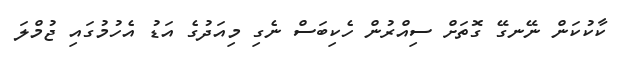
ކާކުކަން ނޭނގޭ ގޮތަށް ސިއްރުން ހެކިބަސް ނެގި މިއަދުގެ އަޑު އެހުމުގައި ޖުމްލަ